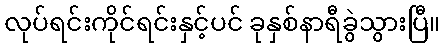
လုပ်ရင်းကိုင်ရင်းနှင့်ပင် ခုနှစ်နာရီခွဲသွားပြီ။